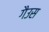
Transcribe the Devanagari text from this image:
गैउस